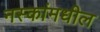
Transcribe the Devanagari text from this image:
नस्कांमधील